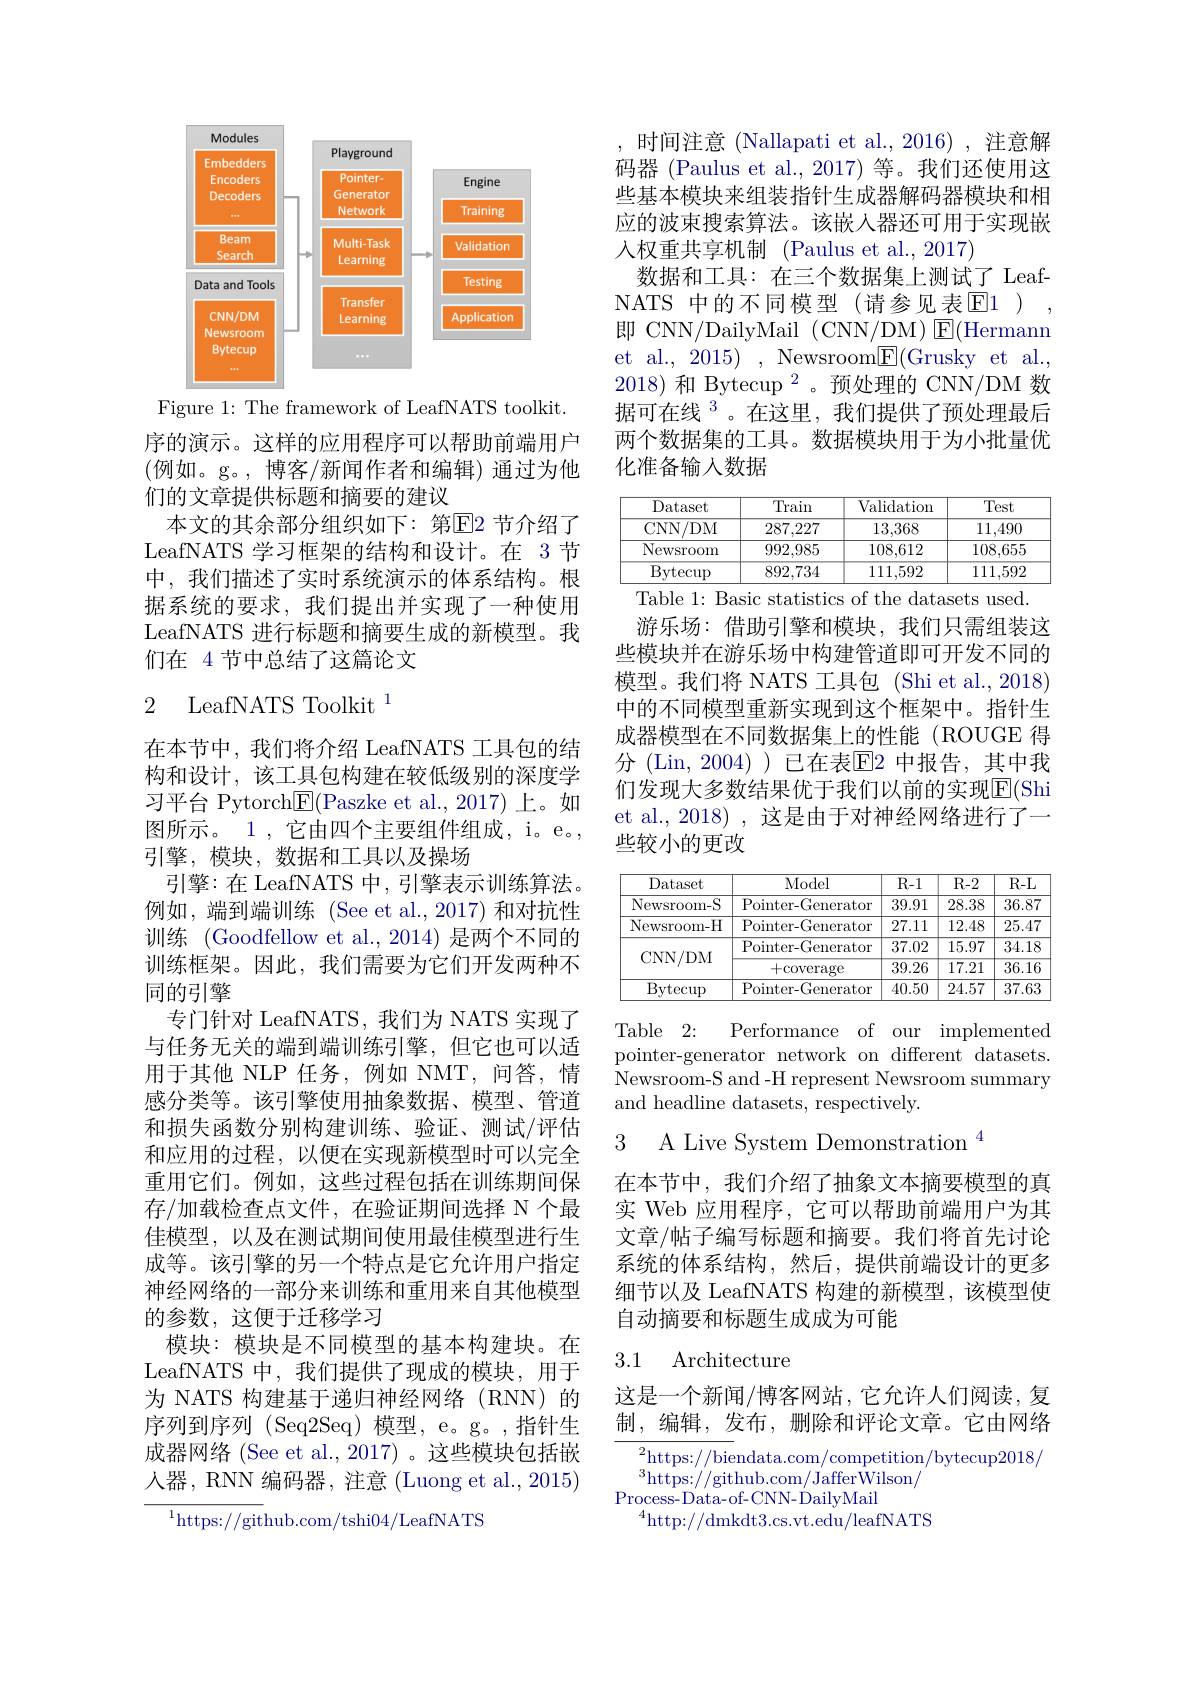
<FigureHere>

Figure 1: The framework of LeafNATS toolkit.

序的演示。这样的应用程序可以帮助前端用户(例如。g。,博客/新闻作者和编辑)通过为他们的文章提供标题和摘要的建议
本文的其余部分组织如下：第$\overline{\mathrm{E}}$2 节介绍了LeafNATS 学习框架的结构和设计。在 3节中，我们描述了实时系统演示的体系结构。根据系统的要求，我们提出并实现了一种使用LeafNATS 进行标题和摘要生成的新模型。我们在 4 节中总结了这篇论文

# 2 LeafNATS Toolkit$^1$

在本节中，我们将介绍 LeafNATS 工具包的结构和设计，该工具包构建在较低级别的深度学习平台 Pytorch$\underline{\mathrm{E}}($Paszke et al.,2017) 上。如图所示。1 , 它由四个主要组件组成，i。e。, 引擎，模块，数据和工具以及操场
引擎：在 LeafNATS 中，引擎表示训练算法。例如，端到端训练(See et al.,2017)和对抗性训练 (Goodfellow et al., 2014) 是两个不同的训练框架。因此，我们需要为它们开发两种不同的引擎
专门针对 LeafNATS, 我们为 NATS 实现了与任务无关的端到端训练引擎，但它也可以适用于其他 NLP 任务，例如 NMT, 问答，情感分类等。该引擎使用抽象数据、模型、管道和损失函数分别构建训练、验证、测试/评估和应用的过程，以便在实现新模型时可以完全重用它们。例如，这些过程包括在训练期间保存/加载检查点文件，在验证期间选择 N 个最佳模型，以及在测试期间使用最佳模型进行生成等。该引擎的另一个特点是它允许用户指定神经网络的一部分来训练和重用来自其他模型的参数，这便于迁移学习
模块：模块是不同模型的基本构建块。在LeafNATS 中，我们提供了现成的模块，用于为 NATS 构建基于递归神经网络(RNN)的序列到序列 (Seq2Seq) 模型，e。g。,指针生成器网络 (See et al., 2017) 。这些模块包括嵌人器，RNN 编码器，注意 (Luong et al., 2015)
${\overline{{^{1}}}\text{https://git}}$hub.com/tshi04/LeafNATS

,时间注意 (Nallapati et al., 2016), 注意解码器 (Paulus et al., 2017) 等。我们还使用这些基本模块来组装指针生成器解码器模块和相应的波束搜索算法。该嵌入器还可用于实现嵌人权重共享机制 (Paulus et al., 2017)
数据和工具：在三个数据集上测试了 LeafNATS 中的不同模型(请参见表E1), 即 CNN/DailyMail (CNN/DM) $\operatorname{E}($Hermann et al., 2015) , Newsroom$\boxed{\mathrm{F}}($Grusky et al. 2018) 和 Bytecup $^{2}$。预处理的 CNN/DM 数据可在线$^{3}$。在这里，我们提供了预处理最后两个数据集的工具。数据模块用于为小批量优化准备输人数据

<table>
	<tbody>
		<tr>
			<th>Dataset</th>
			<th>Train</th>
			<th>Validation</th>
			<th>Test</th>
		</tr>
		<tr>
			<td>CNN/ DM</td>
			<td>287,227</td>
			<td>13,368</td>
			<td>11,490</td>
		</tr>
		<tr>
			<td>Newsroom</td>
			<td>992,985</td>
			<td>108,612</td>
			<td>108,655</td>
		</tr>
		<tr>
			<td>$\operatorname{Bytecup}$</td>
			<td>892,734</td>
			<td>111,592</td>
			<td>111,592</td>
		</tr>
	</tbody>
</table>
Table 1: Basic statistics of the datasets used.

游乐场：借助引擎和模块，我们只需组装这些模块并在游乐场中构建管道即可开发不同的模型。我们将 NATS 工具包 (Shi et al., 2018) 中的不同模型重新实现到这个框架中。指针生成器模型在不同数据集上的性能(ROUGE 得分 (Lin,2004))已在表$\overline{\mathrm{E}}$2 中报告，其中我们发现大多数结果优于我们以前的实现$\overline{\mathrm{E}}($Shi et al., 2018) , 这是由于对神经网络进行了一些较小的更改

<table>
	<tbody>
		<tr>
			<th>Dataset</th>
			<th>Model</th>
			<th>$R-1$</th>
			<th>$R-2$</th>
			<th>$R-L$</th>
		</tr>
		<tr>
			<td>Newsroom-S</td>
			<td>Pointer- Generator</td>
			<td>39.91</td>
			<td>28.38</td>
			<td>36.87</td>
		</tr>
		<tr>
			<td>Newsroom-H</td>
			<td>Pointer- Generator</td>
			<td>27.11</td>
			<td>12.48</td>
			<td>25.47</td>
		</tr>
		<tr>
			<td rowspan="2">CNN/ DM</td>
			<td>Pointer- Generator</td>
			<td>37.02</td>
			<td>15.97</td>
			<td>34.18</td>
		</tr>
		<tr>
			<td>+coverage</td>
			<td>39.26</td>
			<td>17.21</td>
			<td>$\overline{36.1€}$</td>
		</tr>
		<tr>
			<td>$\operatorname{Bytecup}$</td>
			<td>Pointer-Generator</td>
			<td>40.50</td>
			<td>24.57</td>
			<td>37.63</td>
		</tr>
	</tbody>
</table>

Table 2:
Performance of our implemented
pointer-generator network on different datasets. Newsroom-S and -H represent Newsroom summary and headline datasets, respectively.

3 A Live System Demonstration

在本节中，我们介绍了抽象文本摘要模型的真实 Web 应用程序，它可以帮助前端用户为其文章/帖子编写标题和摘要。我们将首先讨论系统的体系结构，然后，提供前端设计的更多细节以及 LeafNATS 构建的新模型，该模型使自动摘要和标题生成成为可能

### 3.1 Architecture

这是一个新闻/博客网站，它允许人们阅读，复制，编辑，发布，删除和评论文章。它由网络

$\overline{{^2\text{https:}//\text{biendata.com/competition/bytecup2018/}}}$
$^{3}$https://github.com/JafferWilson/
Process- Data- of- CNN- DailyMail
$^{4}$http://dmkdt3.cs.vt.edu/leafNATS